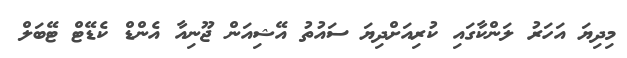
މިދިޔަ އަހަރު ލަންކާގައި ކުރިއަށްދިޔަ ސައުތު އޭޝިއަން ޖޫނިއާ އެންޑް ކެޑޭޓް ޓޭބަލް